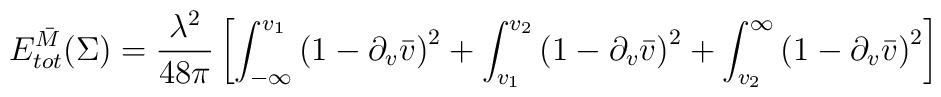
E^{\bar{M}}_{tot}(\Sigma)={\lambda^2\over48\pi}\left[\int_{-\infty}^{v_1}\left(1-\partial_v\bar{v}\right)^2+\int_{v_1}^{v_2}\left(1-\partial_v\bar{v}\right)^2+\int_{v_2}^{\infty}\left(1-\partial_v\bar{v}\right)^2\right]